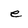
Character: e